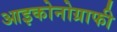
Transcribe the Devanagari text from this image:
आइकोनोग्राफी